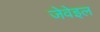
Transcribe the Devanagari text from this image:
जेवेइल